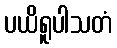
ပယိရူပါသတံ